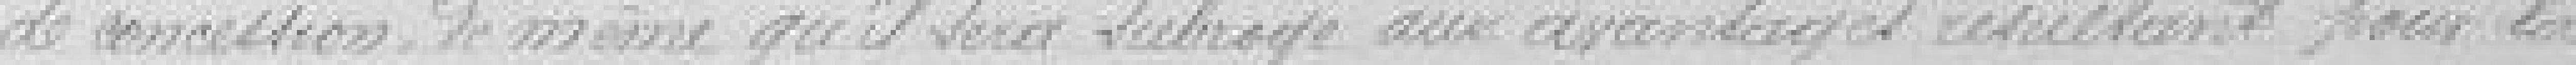
de concession. De même qu'il sera subrogé aux avantages résultant pour la